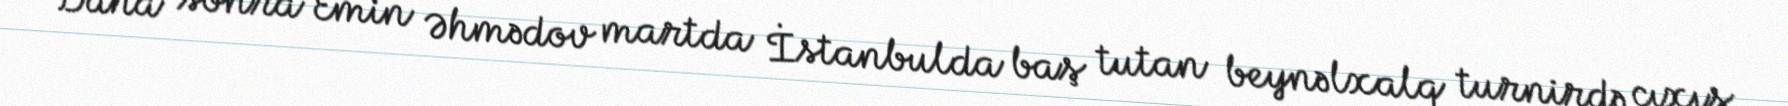
Daha sonra Emin Əhmədov martda İstanbulda baş tutan beynəlxalq turnirdə çıxış